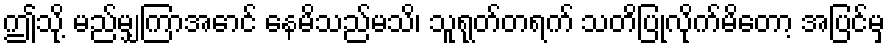
ဤသို့ မည်မျှကြာအောင် နေမိသည်မသိ၊ သူရုတ်တရက် သတိပြုလိုက်မိတော့ အပြင်မှ